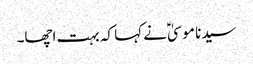
سیدنا موسیٰؑ نے کہا کہ بہت اچھا۔